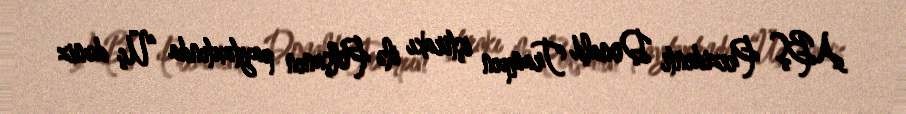
ABŞ Prezidenti Donald Trampın iştirakı ilə Polşanın paytaxtında “Üç dəniz